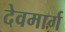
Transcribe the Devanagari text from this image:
देवमार्ग